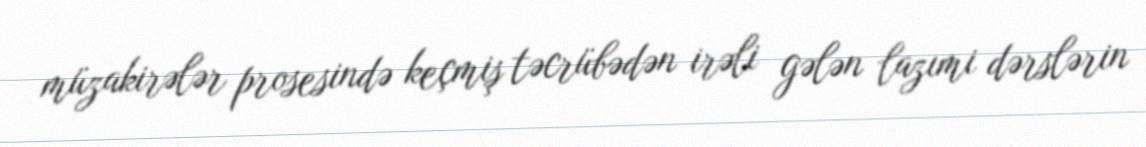
müzakirələr prosesində keçmiş təcrübədən irəli gələn lazımi dərslərin